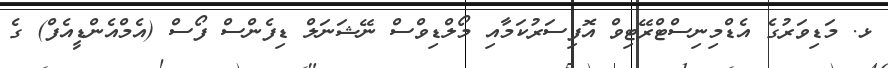
ޅ. މަޑިވަރުގެ އެޑްމިނިސްޓްރޭޓިވް އޮފިސަރުކަމާއި މޯލްޑިވްސް ނޭޝަނަލް ޑިފެންސް ފޯސް (އެމްއެންޑީއެފް) ގެ